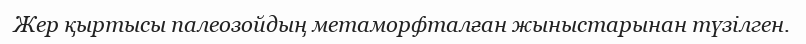
Жер қыртысы палеозойдың метаморфталған жыныстарынан түзілген.